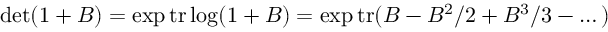
\operatorname * { d e t } ( 1 + B ) = \exp \mathrm { t r } \log ( 1 + B ) = \exp \mathrm { t r } ( B - B ^ { 2 } / 2 + B ^ { 3 } / 3 - \dots )